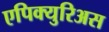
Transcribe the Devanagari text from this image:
एपिक्युरिअस